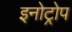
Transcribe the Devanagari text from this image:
इनोट्रोप